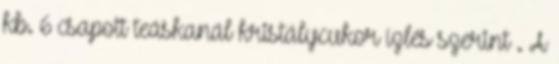
kb. 6 csapott teáskanál kristálycukor ízlés szerint . A